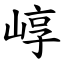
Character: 崞